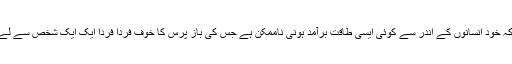
اس تجربے کے بعد اس امر میں کوئی شک باقی نہیں رہ سکتا کہ خود انسانوں کے اندر سے کوئی ایسی طاقت برآمد ہونی ناممکن ہے جس کی باز پرس کا خوف فرداً فرداً ایک ایک شخص سے لے کر دنیا کی قوموں اور سلطنتوں تک کو قابو میں رکھ سکتا ہو۔